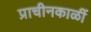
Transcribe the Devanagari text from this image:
प्राचीनकाळीं